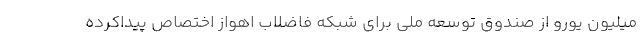
میلیون یورو از صندوق توسعه ملی برای شبکه فاضلاب اهواز اختصاص پیداکرده